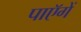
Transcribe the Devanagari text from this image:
पाएॅगें